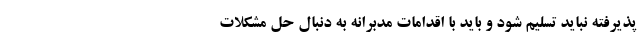
پذیرفته نباید تسلیم شود و باید با اقدامات مدبرانه به دنبال حل مشکلات